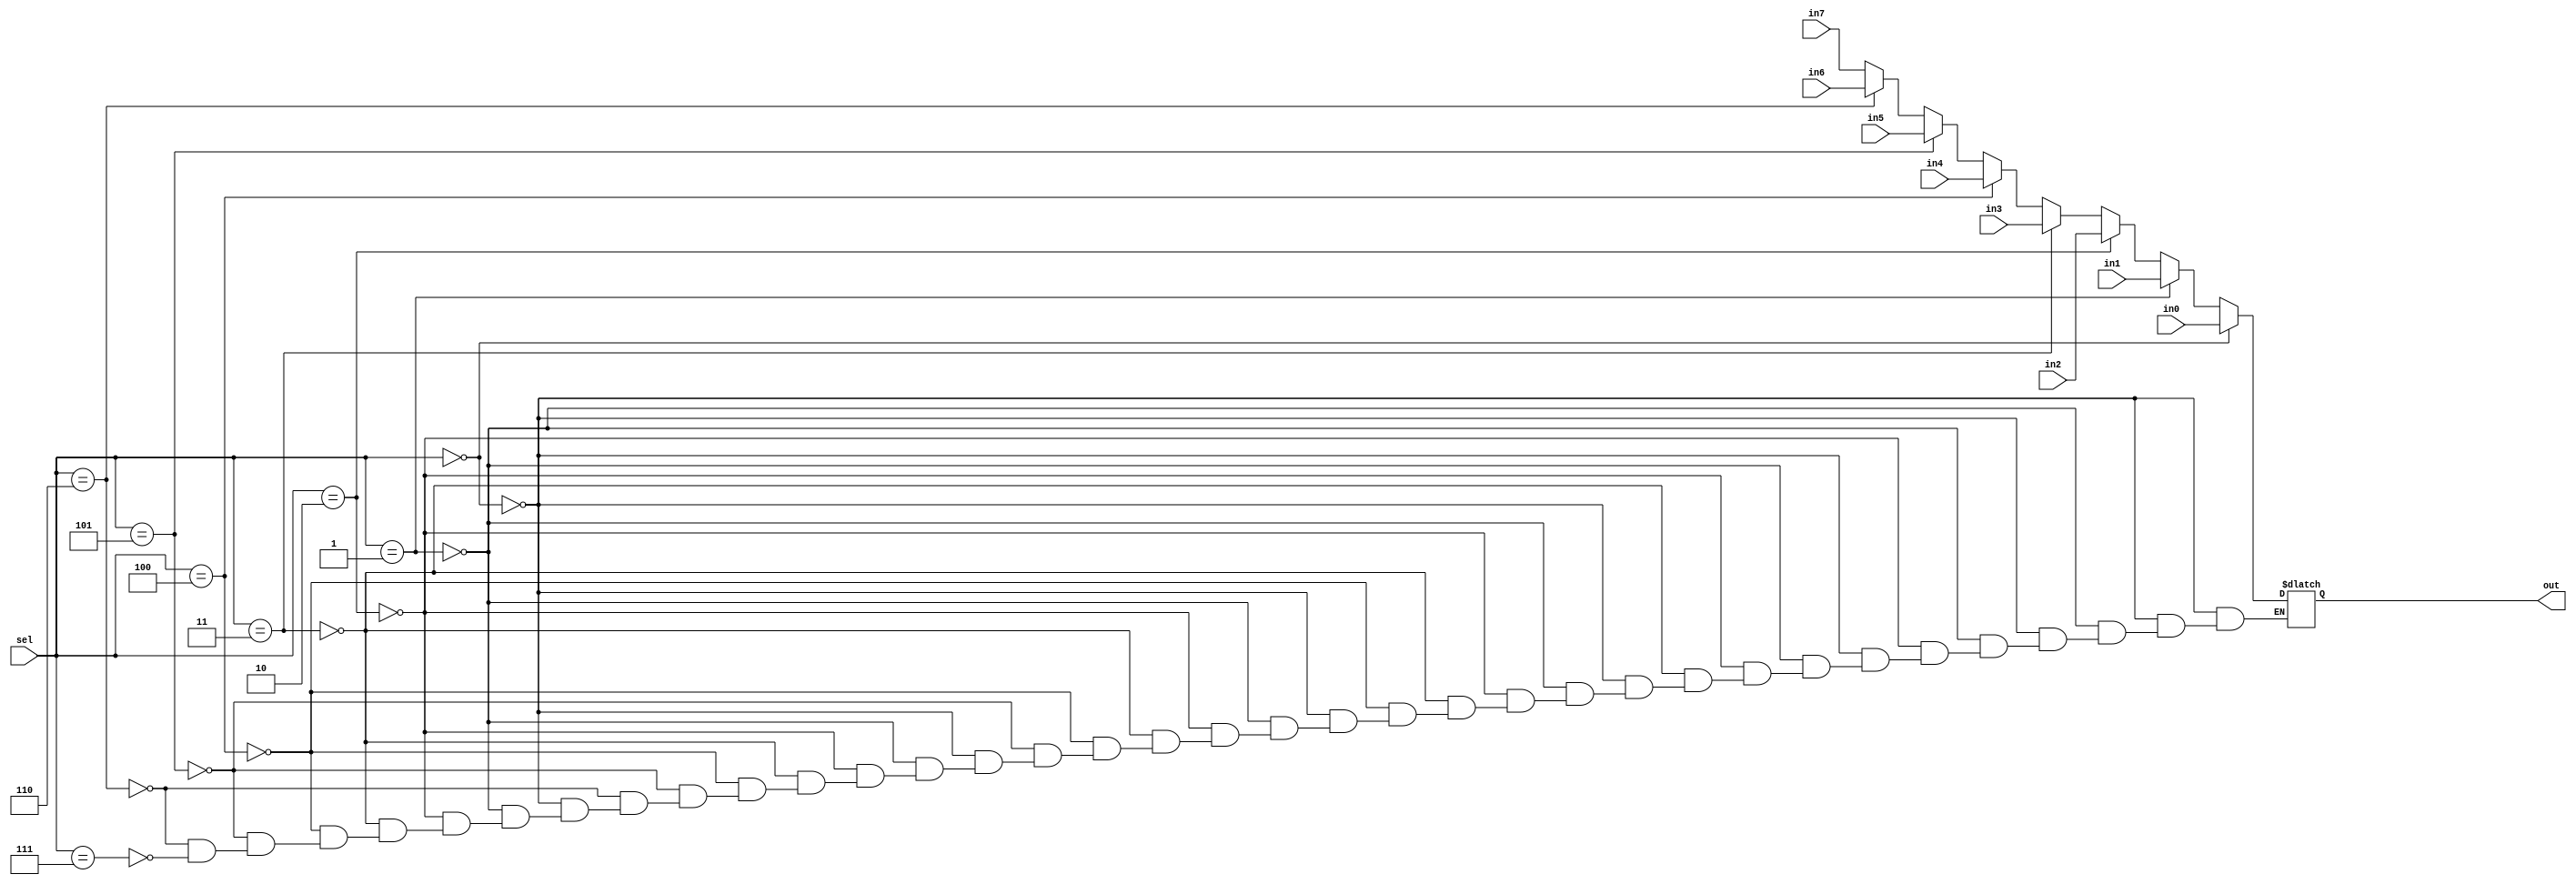
module mux8to1_16bit(in0,in1,in2,in3,in4,in5,in6,in7,sel,out);
parameter width = 16;
input [width-1:0]in0,in1,in2,in3,in4,in5,in6,in7;
input [2:0] sel;
output [width-1:0] out;
reg [width-1:0] out;

always @ (in0 or in1 or in2 or in3 or in4 or in5 or in6 or in7 or sel)
begin
    if(sel[2:0]=='b000)
    begin
    out[width-1:0] = in0[width-1:0];
    end
    else if(sel[2:0]=='b001)
    begin
    out[width-1:0] = in1[width-1:0];
    end
    else if(sel[2:0]=='b010)
    begin
    out[width-1:0] = in2[width-1:0];
    end
    else if(sel[2:0]=='b011)
    begin
    out[width-1:0] = in3[width-1:0];
    end
    else if(sel[2:0]=='b100)
    begin
    out[width-1:0] = in4[width-1:0];
    end
    else if(sel[2:0]=='b101)
    begin
    out[width-1:0] = in5[width-1:0];
    end
    else if(sel[2:0]=='b110)
    begin
    out[width-1:0] = in6[width-1:0];
    end
    else if(sel[2:0]=='b111)
    begin
    out[width-1:0] = in7[width-1:0];
    end
end 

endmodule